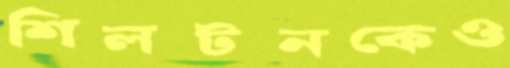
শিলটনকেও